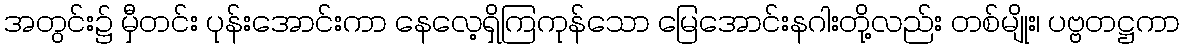
အတွင်း၌ မှီတင်း ပုန်းအောင်းကာ နေလေ့ရှိကြကုန်သော မြေအောင်းနဂါးတို့လည်း တစ်မျိုး၊ ပဗ္ဗတဋ္ဌကာ